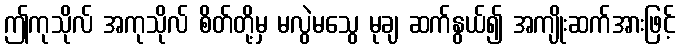
ဤကုသိုလ် အကုသိုလ် စိတ်တို့မှ မလွဲမသွေ မုချ ဆက်နွယ်၍ အကျိုးဆက်အားဖြင့်